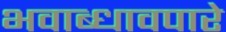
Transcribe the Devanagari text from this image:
भवाब्धावपारे